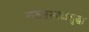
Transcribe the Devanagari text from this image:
संकेतस्थळसुद्धा